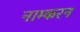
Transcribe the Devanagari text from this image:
नाम्करन